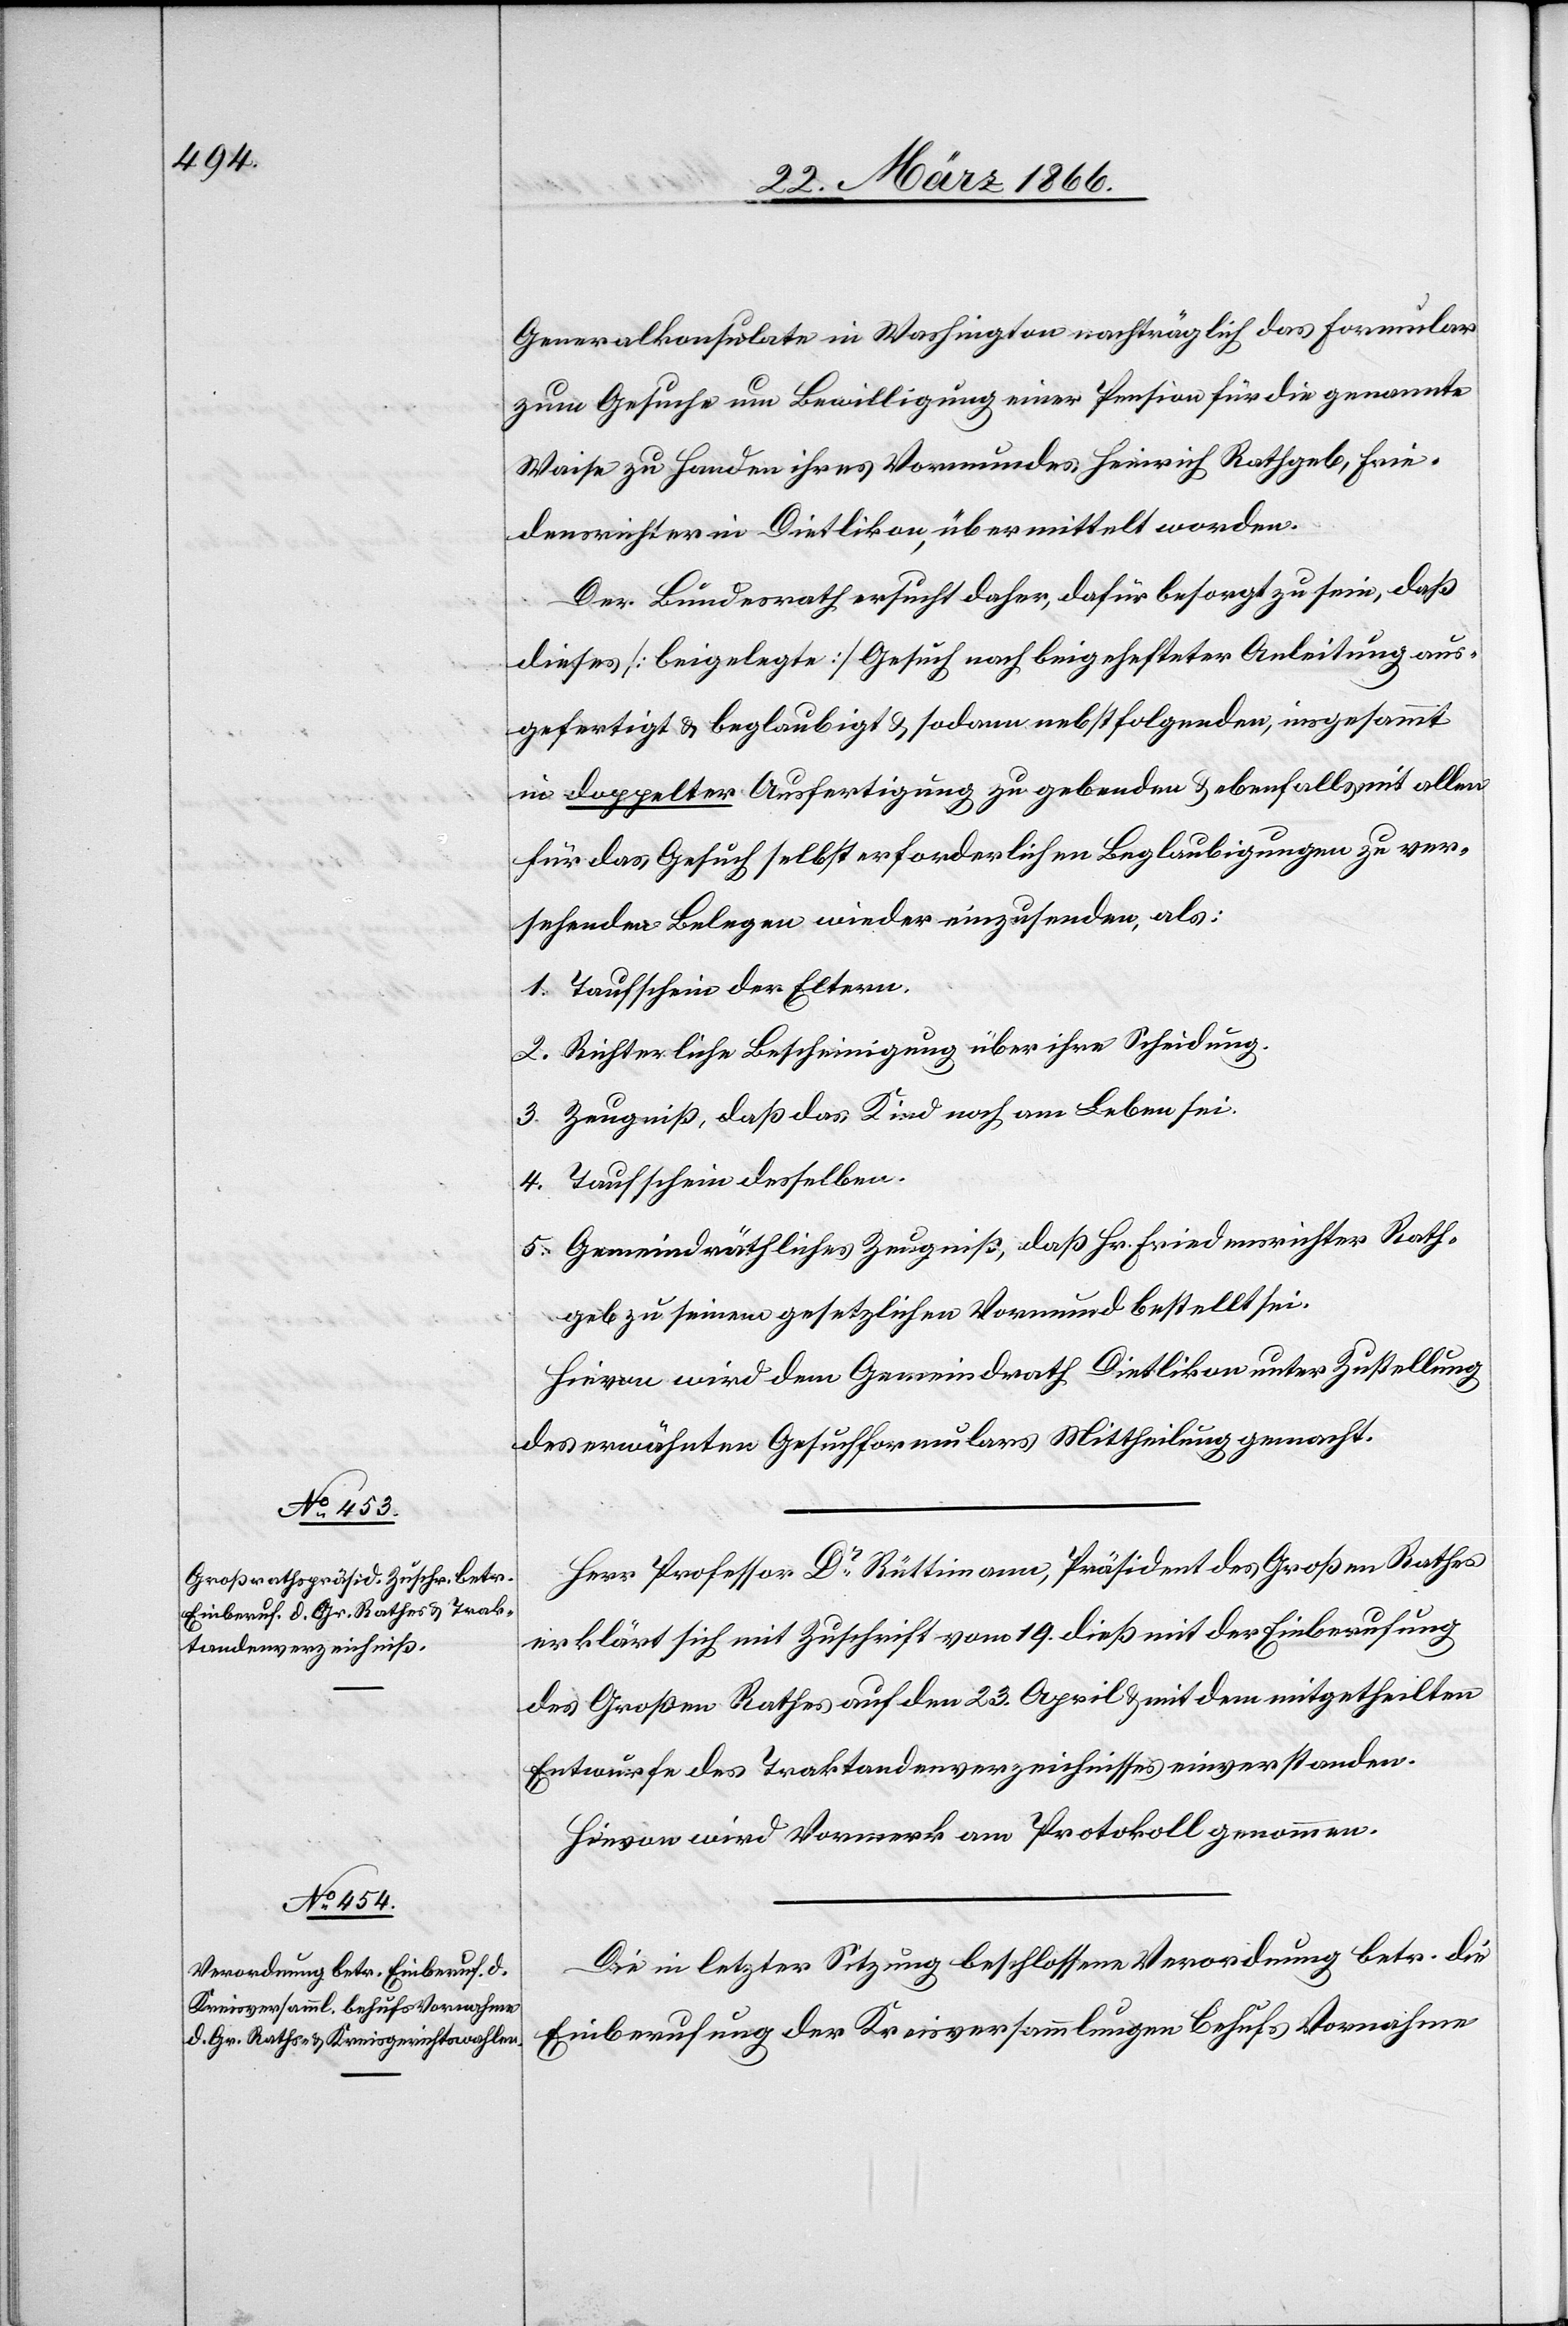
Generalkonsulate in Washington nachträglich das Formular
zum Gesuche um Bewilligung einer Pension für die genannte
Waise zu Handen ihres Vormundes Heinrich Rathgeb, Frie¬
densrichter in Dietlikon, übermittelt worden.
Der Bundesrath ersuche daher, dafür besorgt zu sein, daß
dieses [beigelegte] Gesuch nach beigehefteter Anleitung aus¬
gefertigt u. beglaubigt u. sodann nebst folgenden, insgesammt
in doppelter Ausfertigung zu gebenden u. ebenfalls mit allen
für das Gesuch selbst erforderlichen Beglaubigungen zu ver¬
sehenden Belegen wieder einzusenden, als
1. Taufschein der Eltern.
2. Richterliche Bescheinigung über ihre Scheidung.
3. Zeugniß, daß das Kind noch am Leben sei.
4. Taufschein desselben.
5. Gemeindräthliches Zeugniß, daß Hr. Friedensrichter Rath¬
geb zu seinem gesetzlichen Vormund bestellt ist.
Hievon wird dem Gemeindrath Dietlikon unter Zustellung
des erwähnten Gesuchformulares Mittheilung gemacht.
Herr Professor Dr. Rüttimann, Präsident des Großen Rathes
erklärt sich mit Zuschrift vom 19. dieß mit der Einberufung
des Großen Rathes auf den 23. April u. mit dem mitgetheilten
Entwurfe des Traktandenverzeichnisses einverstanden.
Hievon wird Vormerk am Protokoll genommen.
Die in letzter Sitzung beschlossene Verordnung betr. die
Einberufung der Kreisversammlungen behufs Vornahme